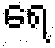
ရေ